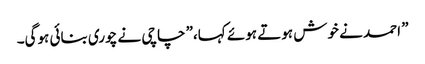
” احمد نے خوش ہوتے ہوئے کہا،” چاچی نے چوری بنائی ہوگی۔